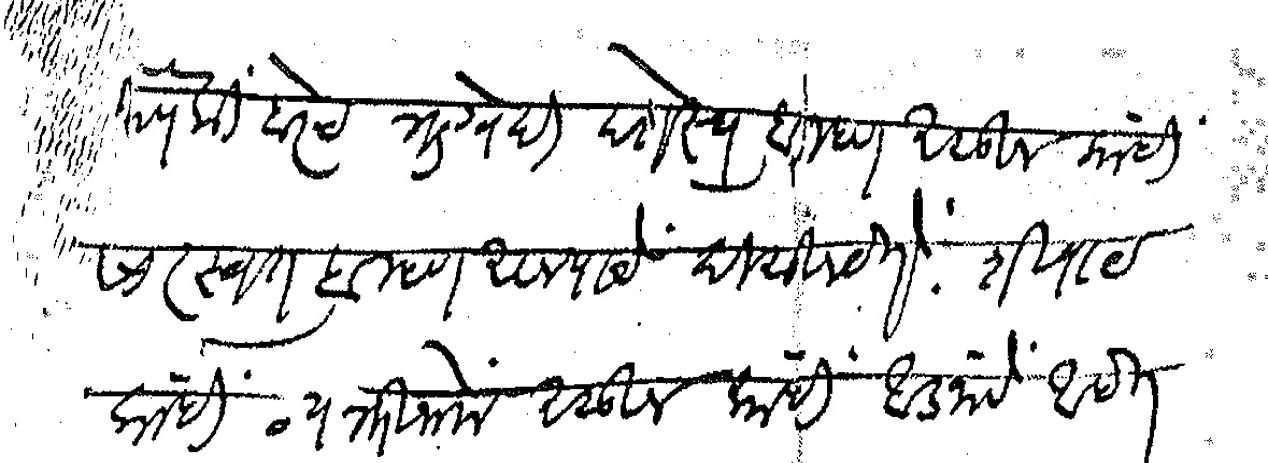
Transliteration (Devanagari): यापैकी बरेच ऋग्वेदी देशस्थ ब्राम्हण असून कांही सारस्वत ब्राम्हण असल्याचे दिसून येते शिवाय काही व्यक्तीनामे असून कांहीं आडनांवे आहेत